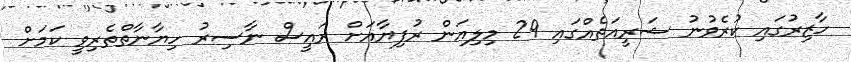
ހާޒިރުގައި ކުރެވުނު ޝަރީއަތެއްގައި 29 މިލިއަން ރުފިޔާއަށް ރައީސް ނާސިރު ހިޔާނާތްތެރިވީ ކަމަށް